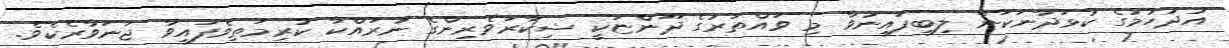
އުދުހުމުގެ ކުޅަދާނަކަން ލިބިފައިނުވާ މި ވައްތަރުގެ ދޫންޏަކީ ޝިކާރަވެރިންގެ ނުރައްކާ ކުރިމަތިވެފައިވާ ޖަނަވާރެކެވެ.